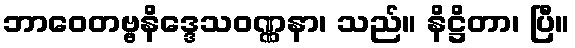
ဘာဝေတဗ္ဗနိဒ္ဒေသဝဏ္ဏနာ၊ သည်။ နိဋ္ဌိတာ၊ ပြီ။